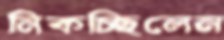
নিকচ্ছিলেন